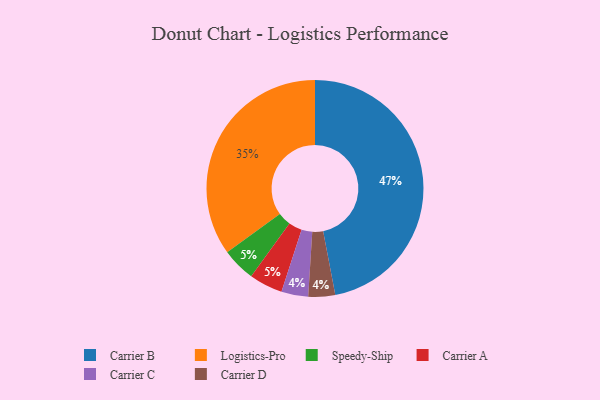
{"axis": {"x": "Category", "y": "Percentage"}, "legend": ["Carrier A", "Carrier B", "Carrier C", "Carrier D", "Logistics-Pro", "Speedy-Ship"], "data": [{"x": "Carrier B", "y": 47, "type": "Carrier B"}, {"x": "Speedy-Ship", "y": 5, "type": "Speedy-Ship"}, {"x": "Carrier C", "y": 4, "type": "Carrier C"}, {"x": "Logistics-Pro", "y": 35, "type": "Logistics-Pro"}, {"x": "Carrier D", "y": 4, "type": "Carrier D"}, {"x": "Carrier A", "y": 5, "type": "Carrier A"}]}